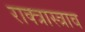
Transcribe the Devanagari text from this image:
राक्त्रास्त्राव